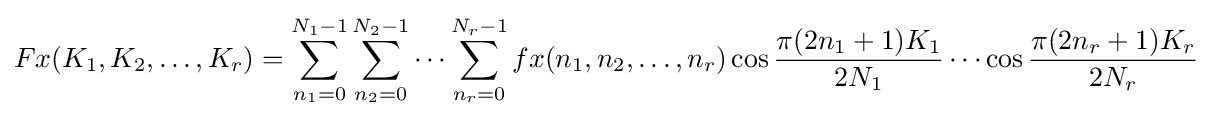
Fx(K_{1},K_{2},\ldots ,K_{r})=\sum _{n_{1}=0}^{N_{1}-1}\sum _{n_{2}=0}^{N_{2}-1}\cdots \sum _{n_{r}=0}^{N_{r}-1}fx(n_{1},n_{2},\ldots ,n_{r})\cos {\frac {\pi (2n_{1}+1)K_{1}}{2N_{1}}}\cdots \cos {\frac {\pi (2n_{r}+1)K_{r}}{2N_{r}}}